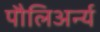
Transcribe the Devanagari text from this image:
पौलिअर्न्य